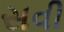
સવી